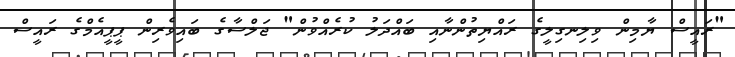
"ރައީސް ޔާމިން ވިލިނގިލީގެ ރައްޔިތުންނާއި ބައްދަލު ކުރެއްވުން" ޖަލްސާގެ ބައިވެރިން ޕީޕީއެމްގެ ރައީސް